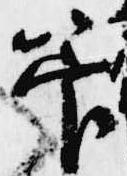
管